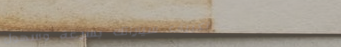
تكييف سياراتك بسرعة وسهول